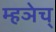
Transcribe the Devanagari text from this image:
म्हञेच्